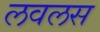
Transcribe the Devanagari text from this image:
लवलस